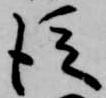
従